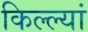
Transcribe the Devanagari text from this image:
किल्ल्यां